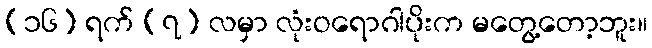
(၁၆) ရက် (၇) လမှာ လုံးဝရောဂါပိုးက မတွေ့တော့ဘူး။